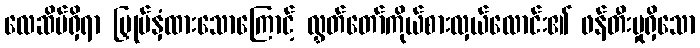
လေဆိပ်ရှိရာ မြှုပ်နှံထားသောကြောင့် လွှတ်တော်ကိုယ်စားလှယ်လောင်း၏ ဖန်တီးမှုရှိသော